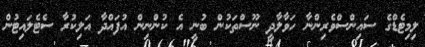
ލިމިޓެޑްގެ ސައިންސްވެރިންނާ ހަވާލާދީ ނޫސްތަކުން ބުނީ އެ ކުންުނިން އުފައްދާ އަލިކުރާ ސެޓެލައިޓުން